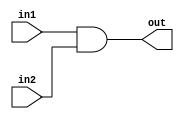
module ANDGATE2(in1, in2, out);
	input in1, in2;
	output out;
	 
	wire in1,in2, out;
	
	and g1(out,in1,in2);
	
endmodule